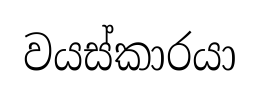
වයස්කාරයා